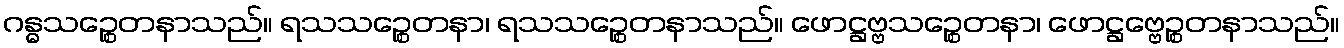
ဂန္ဓသဉ္စေတနာသည်။ ရသသဉ္စေတနာ၊ ရသသဉ္စေတနာသည်။ ဖောဋ္ဌဗ္ဗသဉ္စေတနာ၊ ဖောဋ္ဌဗ္ဗေဉ္စတနာသည်။